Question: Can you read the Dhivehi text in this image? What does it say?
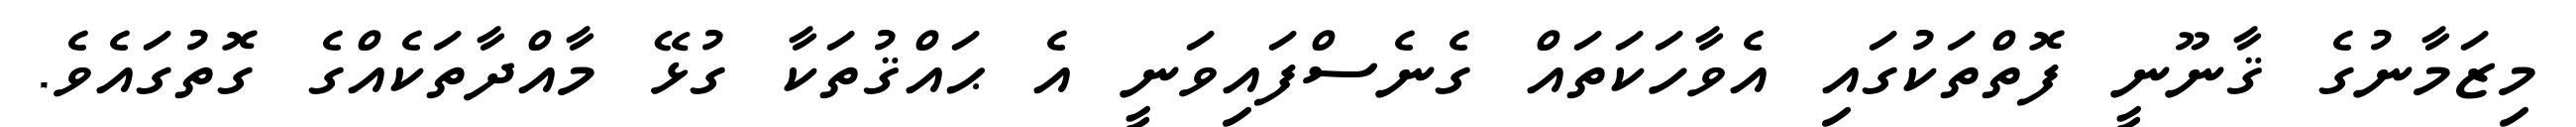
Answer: މިޒަމާނުގެ ޤާނޫނީ ފޮތްތަކުގައި އެވާހަކަތައް ގެނެސްފައިވަނީ އެ ޙައްޤުތަކާ ގުޅޭ މާއްދާތަކެއްގެ ގޮތުގައެވެ.